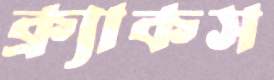
ক্র্যাকস